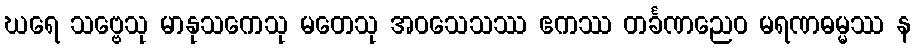
ဃရေ သဗ္ဗေသု မာနုသကေသု မတေသု အဝသေသဿ ဧကဿ တင်္ခဏညေဝ မရဏဓမ္မဿ န